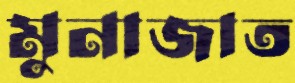
মুনাজাত